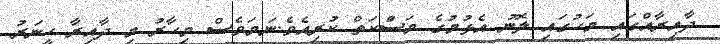
ދާއިރާއްގައި މަހުގައި ލޮނު އެޅުމުގެ މަސަްކަތް ކުރިއެވެ.ނަމަވެސް މިހާރު މި ދާއިރާ ހީނަރު